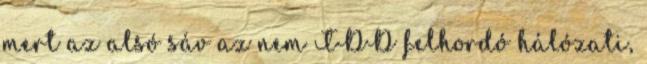
mert az alsó sáv az nem TDD felhordó hálózati,